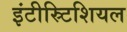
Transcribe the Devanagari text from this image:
इंटीस्र्टिशियल